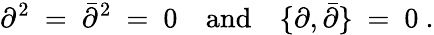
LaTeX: \partial^{2}\ =\ \bar{\partial}^{2}\ =\ 0\quad\mathrm{and}\quad\{ \partial,\bar{\partial}\} \ =\ 0\ .